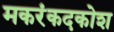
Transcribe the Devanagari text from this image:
मकरंकदकोश